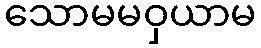
သောမမဝှယာမ